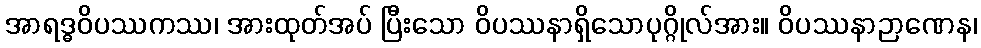
အာရဒ္ဓဝိပဿကဿ၊ အားထုတ်အပ် ပြီးသော ဝိပဿနာရှိသောပုဂ္ဂိုလ်အား။ ဝိပဿနာဉာဏေန၊